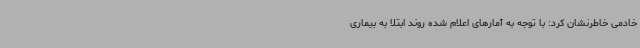
خادمی خاطرنشان کرد: با توجه به آمارهای اعلام شده روند ابتلا به بیماری